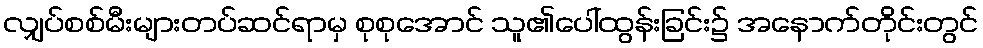
လျှပ်စစ်မီးများတပ်ဆင်ရာမှ စုစုအောင် သူ၏ပေါ်ထွန်းခြင်း၌ အနောက်တိုင်းတွင်